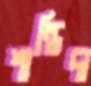
শান্তিদা